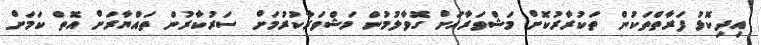
އިދިކޮޅު ފަރާތްތަކުން ތަކުރާރުކޮށް މަޝްވަރާއަށް ގޮވާލުމުން މަޝްވަރާކުރުމަށް ސަރުކާރުން ތައްޔާރަށް އޮތް ކަމަށް